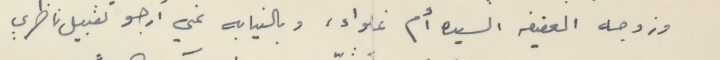
وزوجه العفيفه السيده أم غلواء، وبالنيابه عني أرجو تقبيل ناظري